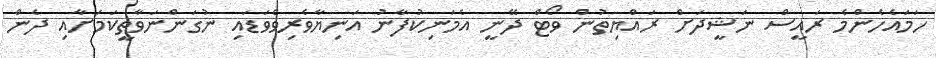
ހަމައެހެންމެ ރައީސް ނަޝީދަށް ރައްޔިތުން ވޯޓް ދޭނީ އެމަނިކުފާނު އަނިޔާވެރިވެވަޑައި ނުގަންނަވާތީކަމަށާއި ދެން